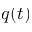
q ( t )